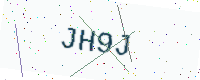
Text: JH9J